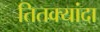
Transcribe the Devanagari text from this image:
तितक्यांदा